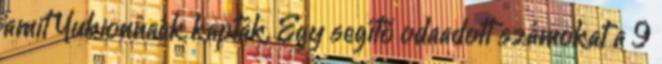
amit Yukionnaék kaptak. Egy segítő odaadott számokat a 9